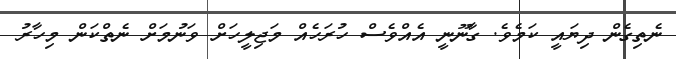
ނެތިގެން ދިޔައީ ކަމެވެ. ގާނޫނީ އެއްވެސް ހުރަހެއް މަޖިލީހަށް ވަނުމަށް ނެތްކަން މިހާރު